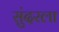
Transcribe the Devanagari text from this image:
सुंदरला